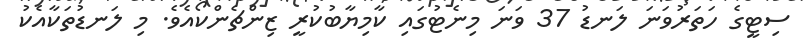
ސިޓީގެ ހަތަރުވަނަ ލަނޑު 37 ވަނަ މިނެޓުގައި ކާމިޔާބުކުރީ ޒިންޗެންކޯއެވެ. މި ލަނޑުތަކާއެކު